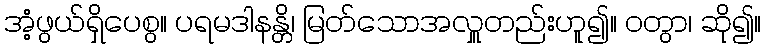
အံ့ဖွယ်ရှိပေစွ။ ပရမဒါနန္တိ၊ မြတ်သောအလှူတည်းဟူ၍။ ဝတွာ၊ ဆို၍။